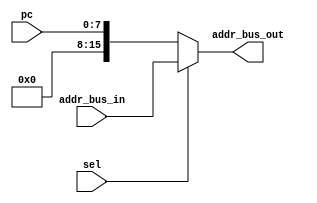

module addr_bus_mux (sel, pc, addr_bus_in, addr_bus_out);
	input sel;			// select(LDR=1 OR STR=1)
	input [7:0] pc; 	// 8-bit program counter
	input [15:0] addr_bus_in;	// 16-bit cause memory has 2^16 words (rows)
	output reg [15:0] addr_bus_out;	// 
	
	always @(*)
	begin
		if (sel)
			addr_bus_out = addr_bus_in;
		else
			addr_bus_out = pc;
	end
endmodule